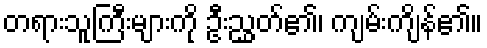
တရားသူကြီးများကို ဦးညွှတ်၏၊ ကျမ်းကျိန်၏။